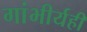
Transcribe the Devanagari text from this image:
गांभीर्यही